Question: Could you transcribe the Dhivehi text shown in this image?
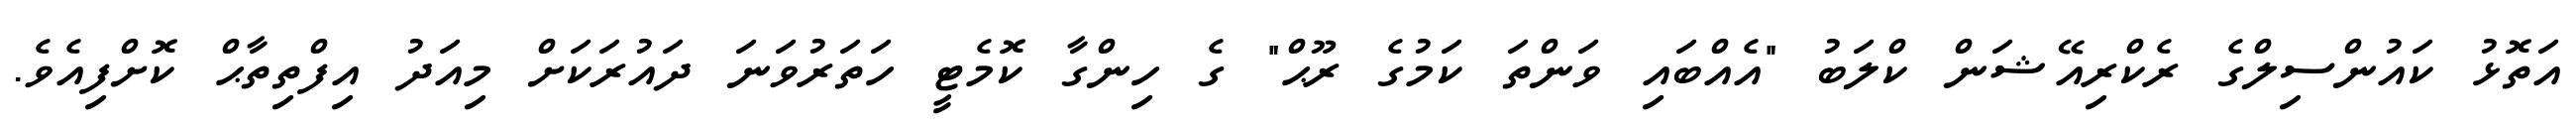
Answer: އަތޮޅު ކައުންސިލްގެ ރެކްރިއޭޝަން ކްލަބު "އެއްބައި ވަންތަ ކަމުގެ ރޫޙް" ގެ ހިންގާ ކޮމެޓީ ހަތަރުވަނަ ދައުރަކަށް މިއަދު އިފްތިތާޙް ކޮށްފިއެވެ.